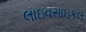
લાઇવસાઇકલ